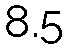
8.5